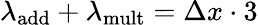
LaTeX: \lambda_{\mathrm{add}}+\lambda_{\mathrm{mult}}=\Delta x\cdot 3